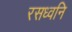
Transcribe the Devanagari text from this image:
रसध्वनि